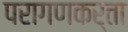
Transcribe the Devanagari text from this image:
परागणकर्ता